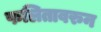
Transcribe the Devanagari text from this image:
फलितावरुन